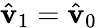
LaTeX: \hat{\mathbf{v}}_{1}=\hat{\mathbf{v}}_{0}